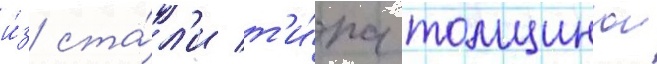
и́з ста́л'и т'и́па толщинои